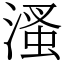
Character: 溞